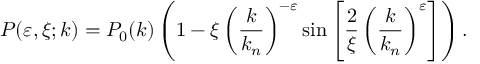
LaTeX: P ( \varepsilon , \xi ; k ) = P _ { 0 } ( k ) \left( 1 - \xi \left( { \frac { k } { k _ { n } } } \right) ^ { - \varepsilon } \sin \left[ { \frac { 2 } { \xi } } \left( { \frac { k } { k _ { n } } } \right) ^ { \varepsilon } \right] \right) .